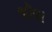
જૉવા